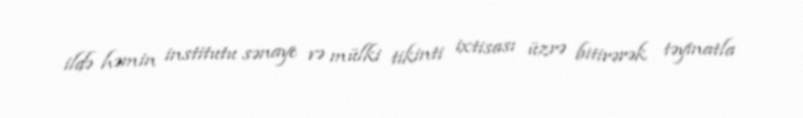
ildə həmin institutu sənaye və mülki tikinti ixtisası üzrə bitirərək təyinatla